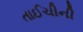
તાઈચીની